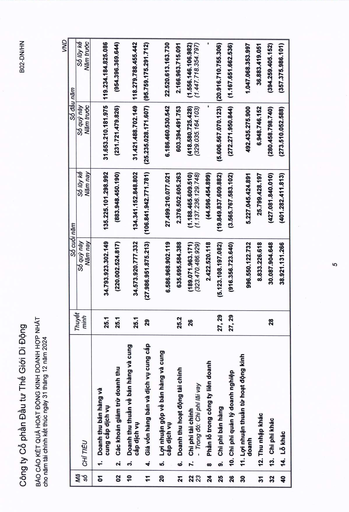
||||Số cuối|năm|Số đầu|năm| |---|---|---|---|---|---|---| |Mã số|CHI TIÊU|Thuyết minh|Số quý này Năm nay|Số lũy kế Năm nay|Số quý này Năm trước|Số lũy kế Năm trước| |01|1. Doanh thu bán hàng và cung cấp dịch vụ|25.1|34.793.923.302.149|135.225.101.298.992|31.653.210.181.975|119.234.184.825.086| |02|2. Các khoản giảm trừ doanh thu|25.1|(220.002.524.817)|(883.948.450.190)|(231.721.479.826)|(954.396.369.644)| |10|3. Doanh thu thuần về bán hàng và cung cấp dịch vụ|25.1|34.573.920.777.332|134.341.152.848.802|31.421.488.702.149|118.279.788.455.442| |11|4. Giá vốn hàng bán và dịch vụ cung cấp|29|(27.986.951.875.213)|(106.841.942.771.781)|(25.235.028.171.607)|(95.759.175.291.712)| |20|5. Lợi nhuận gộp về bán hàng và cung cấp dịch vụ||6.586.968.902.119|27.499.210.077.021|6.186.460.530.542|22.520.613.163.730| |21|6. Doanh thu hoạt động tài chính|25.2|635.695.584.388|2.376.502.605.263|603.394.491.753|2.166.963.715.091| |22|7. Chi phí tài chính Trong đó: Chi phí lãi vay|26|(189.071.963.171)|(1.188.465.609.510)|(418.580.725.428)|(1.556.146.106.982)| |24|8. Phân lỗ trong công ty liên doanh||2.422.520.118|(44.596.454.899)||| |25|9. Chi phí bán hàng|27, 29|(5.123.108.197.082)|(19.849.837.609.882)|(5.606.567.070.123)|(20.916.710.755.306)| |26|10. Chi phí quản lý doanh nghiệp|27, 29|(916.356.723.640)|(3.565.767.583.102)|(272.271.950.844)|(1.167.651.662.536)| |30|11. Lợi nhuận thuần từ hoạt động kinh doanh||996.550.122.732|5.227.045.424.891|492.435.275.900|1.047.068.353.997| |31|12. Thu nhập khác||8.833.226.618|25.799.428.197|6.948.746.152|36.883.419.051| |32|13. Chi phí khác|28|30.087.904.648|(427.081.840.010)|(280.458.798.740)|(394.259.405.152)| |40|14. Lỗ khác||38.921.131.266|(401.282.411.813)|(273.510.052.588)|(357.375.986.101)|